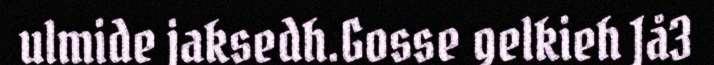
ulmide jaksedh.Gosse gelkieh Jå3